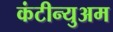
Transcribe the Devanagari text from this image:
कंटीन्युअम